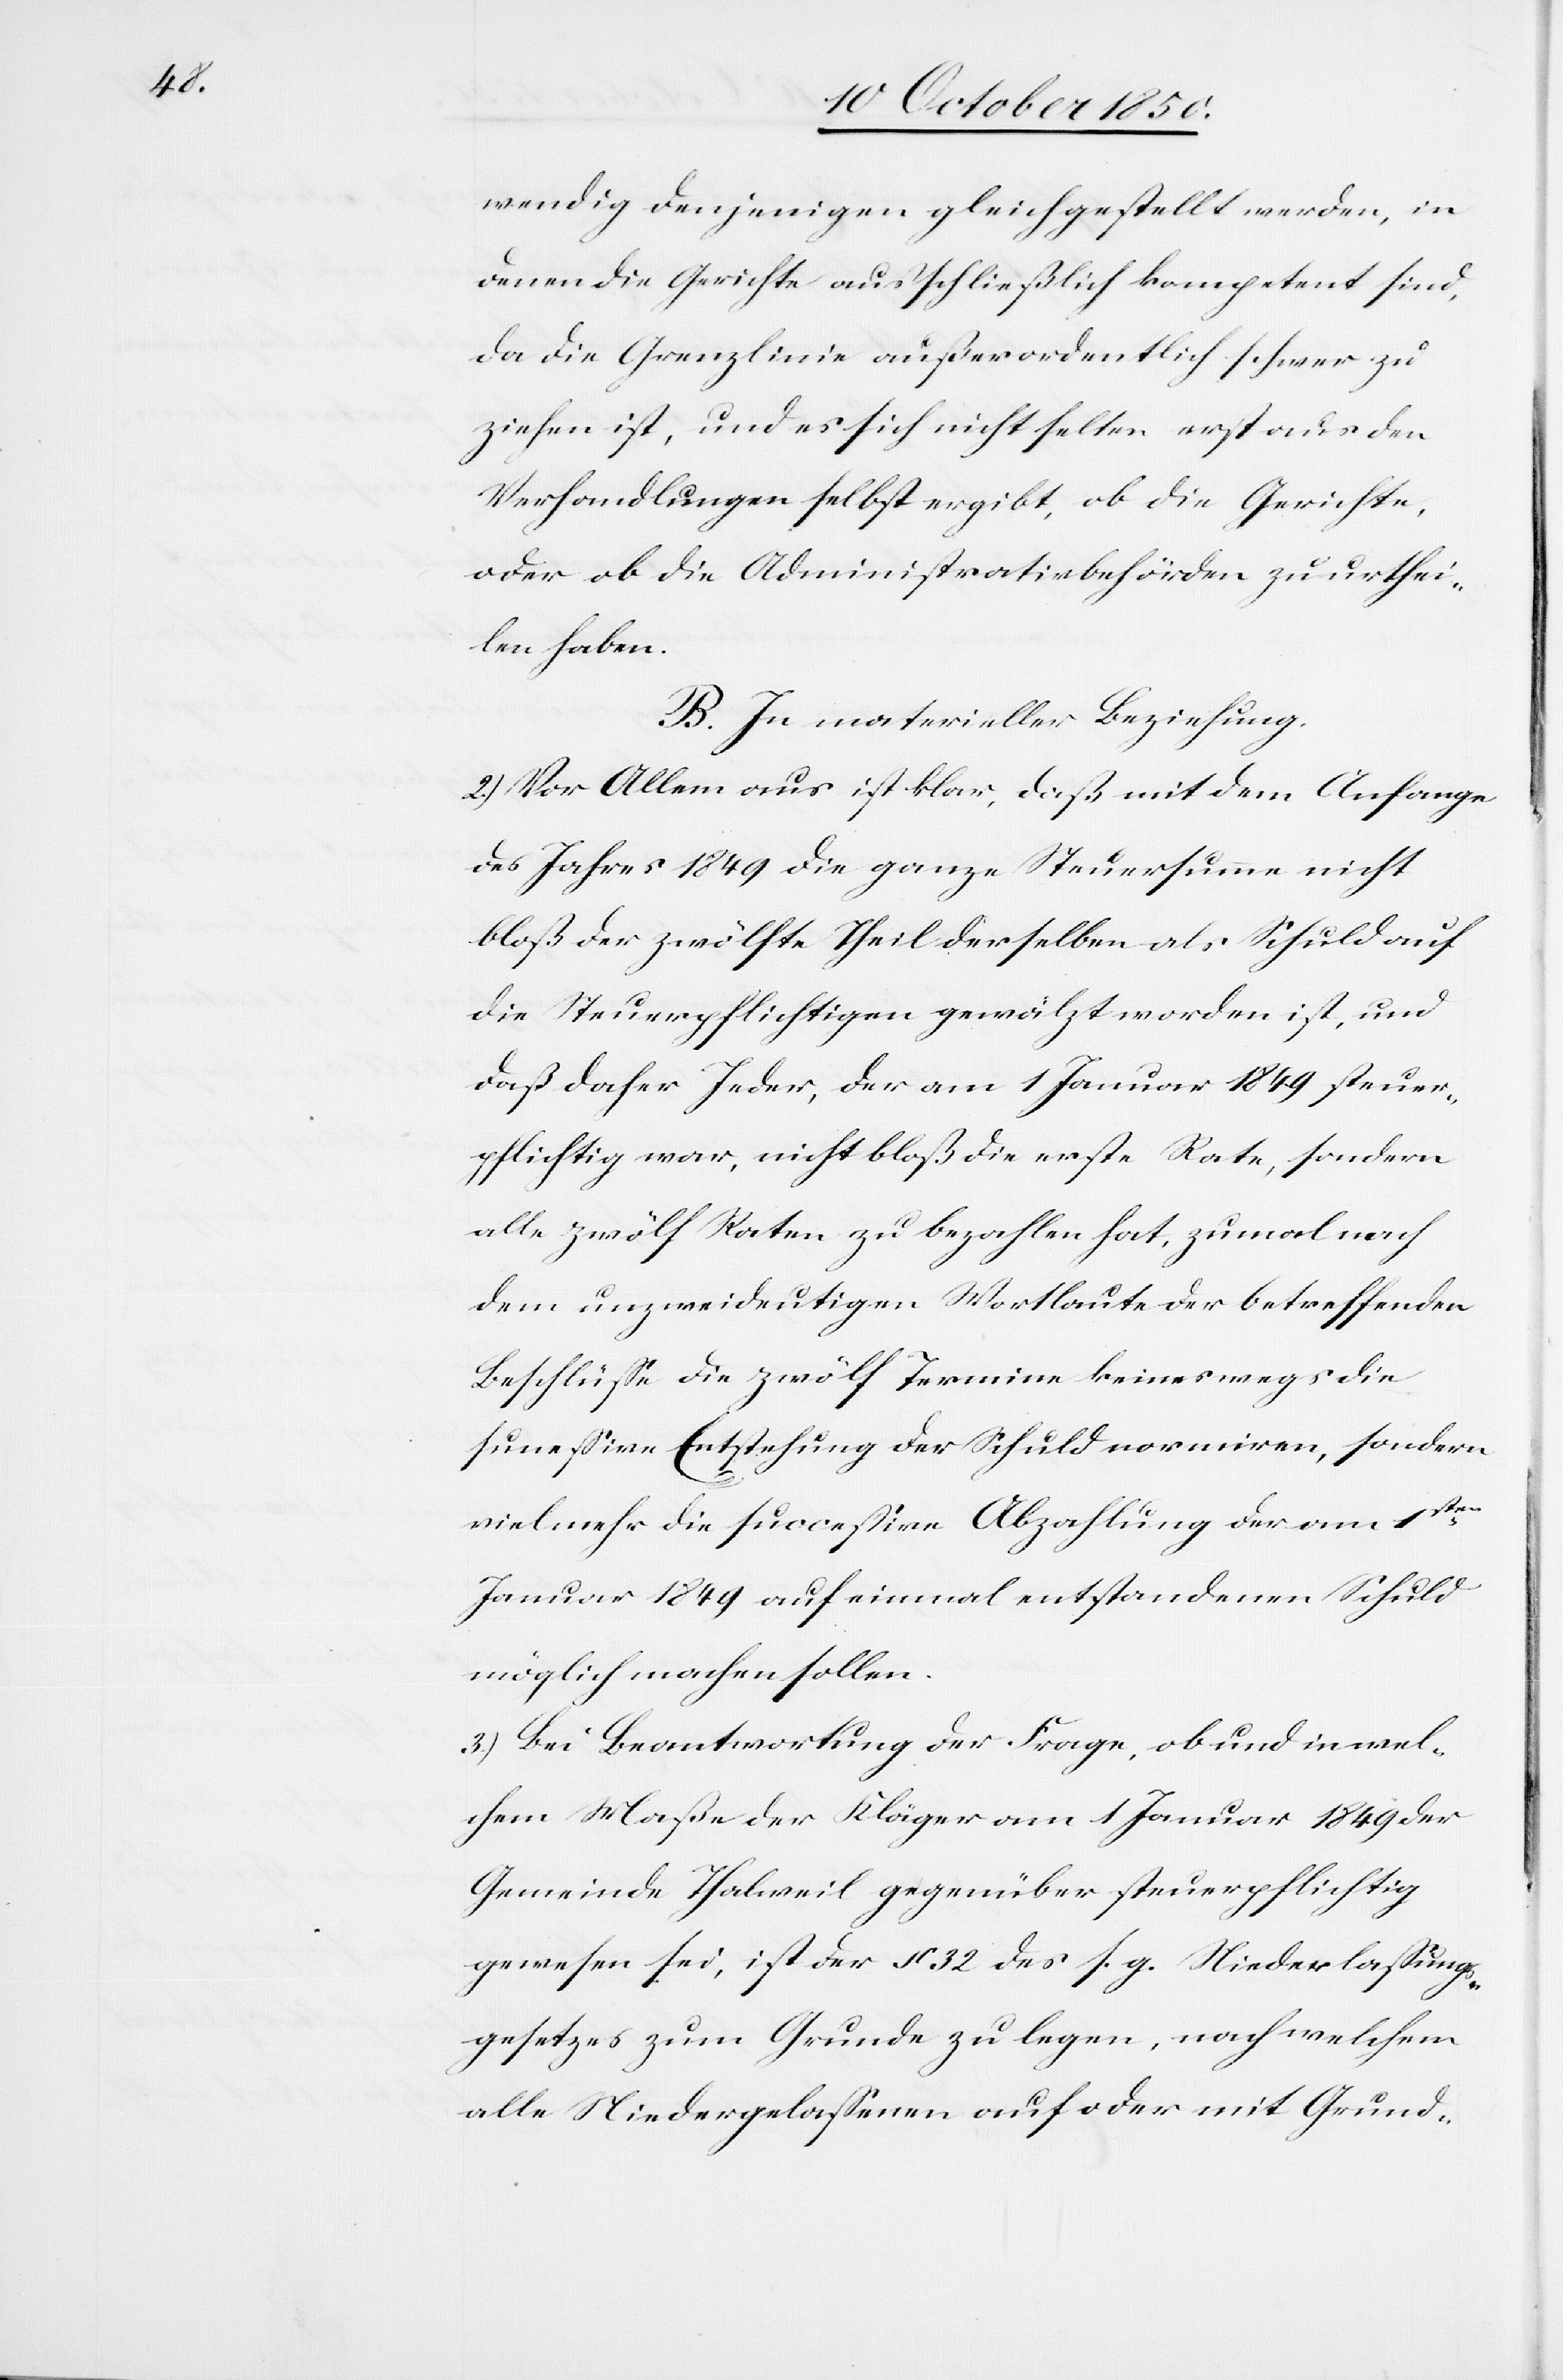
wendig denjenigen gleichgestellt werden, in
denen die Gerichte ausschließlich kompetent sind,
da die Grenzlinie außerordentlich schwer zu
ziehen ist, und es sich nicht selten erst aus den
Verhandlungen selbst ergibt, ob die Gerichte,
oder ob die Administrativbehörden zu urthei¬
len haben.
B. In materieller Beziehung.
2.) Vor allem aus ist klar, daß mit dem Anfange
des Jahres 1849 die ganze Steuersumme nicht
bloß der zwölfte Theil derselben als Schuld auf
die Steuerpflichtigen gewälzt worden ist, und
daß daher Jeder, der am 1Januar 1849 steuer¬
pflichtig war, nicht bloß die erste Rate, sondern
alle zwölf Raten zu bezahlen hat, zumal nach
dem unzweideutigen Wortlaute der betreffenden
Beschlüsse die zwölf Termine keineswegs die
successive] Entstehung der Schuld normiren, sondern
vielmehr die successive Abzahlung der am 1ten
Januar 1849 auf einmal entstandenen Schuld
möglich machen sollen.
3.) Bei Beantwortung der Frage, ob und in wel¬
chem Maße der Kläger am 1 Januar 1849 der
Gemeinde Thalweil gegenüber steuerpflichtig
gewesen sei, ist der § 32 des s. g. Niederlassungs¬
gesetzes zum Grunde zu legen, nach welchem
alle Niedergelassenen auf oder mit Grund-